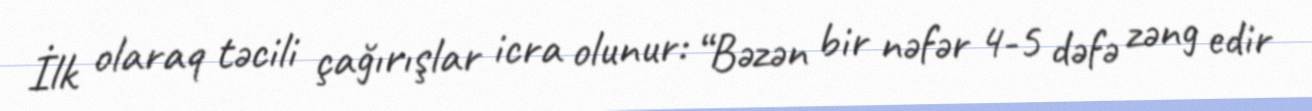
İlk olaraq təcili çağırışlar icra olunur: “Bəzən bir nəfər 4-5 dəfə zəng edir